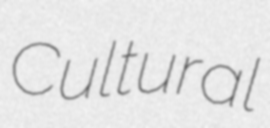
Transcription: Cultural